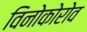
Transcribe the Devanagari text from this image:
विनोकोरोव